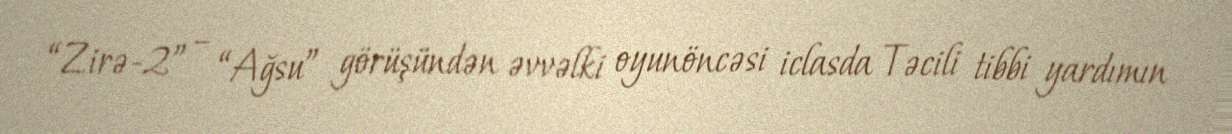
“Zirə-2” – “Ağsu” görüşündən əvvəlki oyunöncəsi iclasda Təcili tibbi yardımın